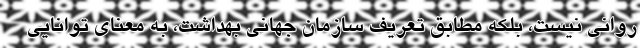
روانی نیست، بلکه مطابق تعریف سازمان جهانی بهداشت، به معنای توانایی